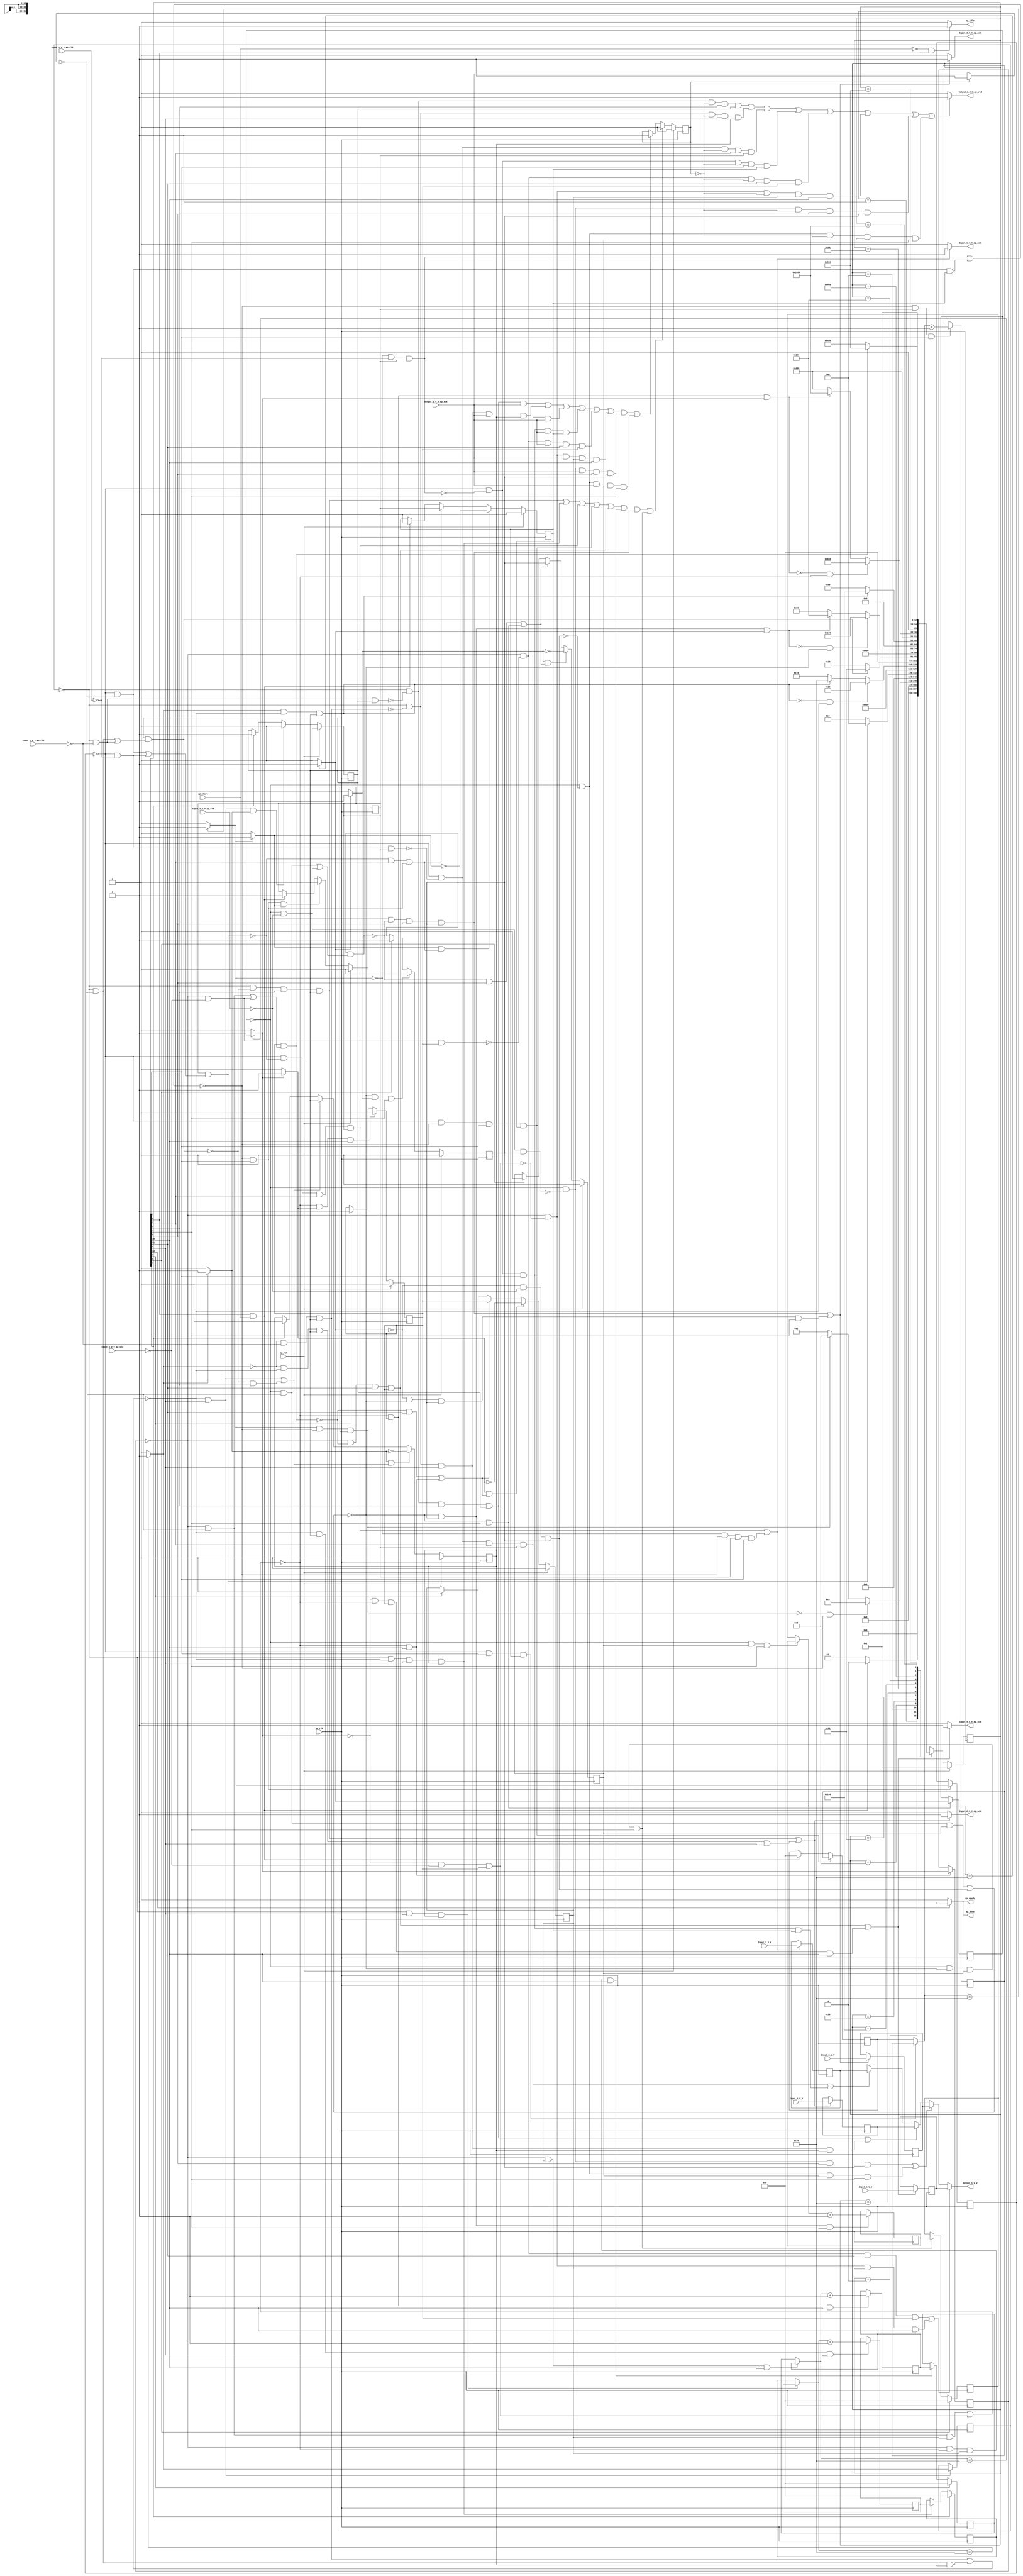
// ==============================================================
// RTL generated by Vivado(TM) HLS - High-Level Synthesis from C, C++ and SystemC
// Version: 2018.2
// Copyright (C) 1986-2018 Xilinx, Inc. All Rights Reserved.
// 
// ===========================================================

`timescale 1 ns / 1 ps 

(* CORE_GENERATION_INFO="data_4_1_2,hls_ip_2018_2,{HLS_INPUT_TYPE=cxx,HLS_INPUT_FLOAT=0,HLS_INPUT_FIXED=1,HLS_INPUT_PART=xczu9eg-ffvb1156-2-i,HLS_INPUT_CLOCK=5.000000,HLS_INPUT_ARCH=others,HLS_SYN_CLOCK=1.104000,HLS_SYN_LAT=520,HLS_SYN_TPT=none,HLS_SYN_MEM=0,HLS_SYN_DSP=0,HLS_SYN_FF=210,HLS_SYN_LUT=448,HLS_VERSION=2018_2}" *)

module data_4_1_2 (
        ap_clk,
        ap_rst,
        ap_start,
        ap_done,
        ap_idle,
        ap_ready,
        Input_1_V_V,
        Input_1_V_V_ap_vld,
        Input_1_V_V_ap_ack,
        Input_2_V_V,
        Input_2_V_V_ap_vld,
        Input_2_V_V_ap_ack,
        Input_3_V_V,
        Input_3_V_V_ap_vld,
        Input_3_V_V_ap_ack,
        Input_4_V_V,
        Input_4_V_V_ap_vld,
        Input_4_V_V_ap_ack,
        Output_1_V_V,
        Output_1_V_V_ap_vld,
        Output_1_V_V_ap_ack
);

parameter    ap_ST_fsm_state1 = 13'd1;
parameter    ap_ST_fsm_pp0_stage0 = 13'd2;
parameter    ap_ST_fsm_pp0_stage1 = 13'd4;
parameter    ap_ST_fsm_state5 = 13'd8;
parameter    ap_ST_fsm_pp1_stage0 = 13'd16;
parameter    ap_ST_fsm_pp1_stage1 = 13'd32;
parameter    ap_ST_fsm_state9 = 13'd64;
parameter    ap_ST_fsm_pp2_stage0 = 13'd128;
parameter    ap_ST_fsm_pp2_stage1 = 13'd256;
parameter    ap_ST_fsm_state13 = 13'd512;
parameter    ap_ST_fsm_pp3_stage0 = 13'd1024;
parameter    ap_ST_fsm_pp3_stage1 = 13'd2048;
parameter    ap_ST_fsm_state17 = 13'd4096;

input   ap_clk;
input   ap_rst;
input   ap_start;
output   ap_done;
output   ap_idle;
output   ap_ready;
input  [31:0] Input_1_V_V;
input   Input_1_V_V_ap_vld;
output   Input_1_V_V_ap_ack;
input  [31:0] Input_2_V_V;
input   Input_2_V_V_ap_vld;
output   Input_2_V_V_ap_ack;
input  [31:0] Input_3_V_V;
input   Input_3_V_V_ap_vld;
output   Input_3_V_V_ap_ack;
input  [31:0] Input_4_V_V;
input   Input_4_V_V_ap_vld;
output   Input_4_V_V_ap_ack;
output  [31:0] Output_1_V_V;
output   Output_1_V_V_ap_vld;
input   Output_1_V_V_ap_ack;

reg ap_done;
reg ap_idle;
reg ap_ready;
reg Input_1_V_V_ap_ack;
reg Input_2_V_V_ap_ack;
reg Input_3_V_V_ap_ack;
reg Input_4_V_V_ap_ack;
reg[31:0] Output_1_V_V;
reg Output_1_V_V_ap_vld;

(* fsm_encoding = "none" *) reg   [12:0] ap_CS_fsm;
wire    ap_CS_fsm_state1;
reg    Input_1_V_V_blk_n;
wire    ap_CS_fsm_pp0_stage0;
reg    ap_enable_reg_pp0_iter0;
wire    ap_block_pp0_stage0;
wire   [0:0] tmp_fu_151_p2;
wire    ap_CS_fsm_pp0_stage1;
wire    ap_block_pp0_stage1;
reg   [0:0] tmp_reg_199;
reg    Input_2_V_V_blk_n;
wire    ap_CS_fsm_pp1_stage0;
reg    ap_enable_reg_pp1_iter0;
wire    ap_block_pp1_stage0;
wire   [0:0] tmp_6_fu_163_p2;
wire    ap_CS_fsm_pp1_stage1;
wire    ap_block_pp1_stage1;
reg   [0:0] tmp_6_reg_208;
reg    Input_3_V_V_blk_n;
wire    ap_CS_fsm_pp2_stage0;
reg    ap_enable_reg_pp2_iter0;
wire    ap_block_pp2_stage0;
wire   [0:0] tmp_s_fu_175_p2;
wire    ap_CS_fsm_pp2_stage1;
wire    ap_block_pp2_stage1;
reg   [0:0] tmp_s_reg_217;
reg    Input_4_V_V_blk_n;
wire    ap_CS_fsm_pp3_stage0;
reg    ap_enable_reg_pp3_iter0;
wire    ap_block_pp3_stage0;
wire   [0:0] tmp_1_fu_187_p2;
wire    ap_CS_fsm_pp3_stage1;
wire    ap_block_pp3_stage1;
reg   [0:0] tmp_1_reg_226;
reg    Output_1_V_V_blk_n;
reg    ap_enable_reg_pp0_iter1;
reg    ap_enable_reg_pp1_iter1;
reg    ap_enable_reg_pp2_iter1;
reg    ap_enable_reg_pp3_iter1;
reg   [6:0] i_reg_87;
reg   [6:0] i1_reg_98;
reg   [6:0] i3_reg_109;
reg   [6:0] i5_reg_120;
reg   [31:0] reg_131;
reg    ap_block_state2_pp0_stage0_iter0;
wire    ap_block_state4_pp0_stage0_iter1;
reg    ap_sig_ioackin_Output_1_V_V_ap_ack;
reg    ap_block_state4_io;
reg    ap_block_pp0_stage0_11001;
reg    ap_block_state3_pp0_stage1_iter0;
reg    ap_block_state3_io;
reg    ap_block_pp0_stage1_11001;
reg   [31:0] reg_136;
reg    ap_block_state6_pp1_stage0_iter0;
wire    ap_block_state8_pp1_stage0_iter1;
reg    ap_block_state8_io;
reg    ap_block_pp1_stage0_11001;
reg    ap_block_state7_pp1_stage1_iter0;
reg    ap_block_state7_io;
reg    ap_block_pp1_stage1_11001;
reg   [31:0] reg_141;
reg    ap_block_state10_pp2_stage0_iter0;
wire    ap_block_state12_pp2_stage0_iter1;
reg    ap_block_state12_io;
reg    ap_block_pp2_stage0_11001;
reg    ap_block_state11_pp2_stage1_iter0;
reg    ap_block_state11_io;
reg    ap_block_pp2_stage1_11001;
reg   [31:0] reg_146;
reg    ap_block_state14_pp3_stage0_iter0;
wire    ap_block_state16_pp3_stage0_iter1;
reg    ap_block_state16_io;
reg    ap_block_pp3_stage0_11001;
reg    ap_block_state15_pp3_stage1_iter0;
reg    ap_block_state15_io;
reg    ap_block_pp3_stage1_11001;
wire   [6:0] i_1_fu_157_p2;
reg   [6:0] i_1_reg_203;
wire   [6:0] i_2_fu_169_p2;
reg   [6:0] i_2_reg_212;
wire   [6:0] i_3_fu_181_p2;
reg   [6:0] i_3_reg_221;
wire   [6:0] i_4_fu_193_p2;
reg   [6:0] i_4_reg_230;
reg    ap_block_pp0_stage0_subdone;
reg    ap_condition_pp0_exit_iter0_state2;
reg    ap_block_pp0_stage1_subdone;
wire    ap_CS_fsm_state5;
reg    ap_block_pp1_stage0_subdone;
reg    ap_condition_pp1_exit_iter0_state6;
reg    ap_block_pp1_stage1_subdone;
wire    ap_CS_fsm_state9;
reg    ap_block_pp2_stage0_subdone;
reg    ap_condition_pp2_exit_iter0_state10;
reg    ap_block_pp2_stage1_subdone;
wire    ap_CS_fsm_state13;
reg    ap_block_pp3_stage0_subdone;
reg    ap_condition_pp3_exit_iter0_state14;
reg    ap_block_pp3_stage1_subdone;
reg   [6:0] ap_phi_mux_i_phi_fu_91_p4;
reg   [6:0] ap_phi_mux_i1_phi_fu_102_p4;
reg   [6:0] ap_phi_mux_i3_phi_fu_113_p4;
reg   [6:0] ap_phi_mux_i5_phi_fu_124_p4;
reg    ap_block_pp0_stage1_01001;
reg    ap_block_pp0_stage0_01001;
reg    ap_block_pp1_stage1_01001;
reg    ap_block_pp1_stage0_01001;
reg    ap_block_pp2_stage1_01001;
reg    ap_block_pp2_stage0_01001;
reg    ap_block_pp3_stage1_01001;
reg    ap_block_pp3_stage0_01001;
reg    ap_reg_ioackin_Output_1_V_V_ap_ack;
wire    ap_CS_fsm_state17;
reg   [12:0] ap_NS_fsm;
reg    ap_idle_pp0;
wire    ap_enable_pp0;
reg    ap_idle_pp1;
wire    ap_enable_pp1;
reg    ap_idle_pp2;
wire    ap_enable_pp2;
reg    ap_idle_pp3;
wire    ap_enable_pp3;

// power-on initialization
initial begin
#0 ap_CS_fsm = 13'd1;
#0 ap_enable_reg_pp0_iter0 = 1'b0;
#0 ap_enable_reg_pp1_iter0 = 1'b0;
#0 ap_enable_reg_pp2_iter0 = 1'b0;
#0 ap_enable_reg_pp3_iter0 = 1'b0;
#0 ap_enable_reg_pp0_iter1 = 1'b0;
#0 ap_enable_reg_pp1_iter1 = 1'b0;
#0 ap_enable_reg_pp2_iter1 = 1'b0;
#0 ap_enable_reg_pp3_iter1 = 1'b0;
#0 ap_reg_ioackin_Output_1_V_V_ap_ack = 1'b0;
end

always @ (posedge ap_clk) begin
    if (ap_rst == 1'b1) begin
        ap_CS_fsm <= ap_ST_fsm_state1;
    end else begin
        ap_CS_fsm <= ap_NS_fsm;
    end
end

always @ (posedge ap_clk) begin
    if (ap_rst == 1'b1) begin
        ap_enable_reg_pp0_iter0 <= 1'b0;
    end else begin
        if (((1'b0 == ap_block_pp0_stage0_subdone) & (1'b1 == ap_CS_fsm_pp0_stage0) & (1'b1 == ap_condition_pp0_exit_iter0_state2))) begin
            ap_enable_reg_pp0_iter0 <= 1'b0;
        end else if (((1'b1 == ap_CS_fsm_state1) & (ap_start == 1'b1))) begin
            ap_enable_reg_pp0_iter0 <= 1'b1;
        end
    end
end

always @ (posedge ap_clk) begin
    if (ap_rst == 1'b1) begin
        ap_enable_reg_pp0_iter1 <= 1'b0;
    end else begin
        if (((1'b1 == ap_condition_pp0_exit_iter0_state2) & (((1'b0 == ap_block_pp0_stage1_subdone) & (1'b1 == ap_CS_fsm_pp0_stage1)) | ((1'b0 == ap_block_pp0_stage0_subdone) & (1'b1 == ap_CS_fsm_pp0_stage0))))) begin
            ap_enable_reg_pp0_iter1 <= (1'b1 ^ ap_condition_pp0_exit_iter0_state2);
        end else if ((((1'b0 == ap_block_pp0_stage1_subdone) & (1'b1 == ap_CS_fsm_pp0_stage1)) | ((1'b0 == ap_block_pp0_stage0_subdone) & (1'b1 == ap_CS_fsm_pp0_stage0)))) begin
            ap_enable_reg_pp0_iter1 <= ap_enable_reg_pp0_iter0;
        end else if (((1'b1 == ap_CS_fsm_state1) & (ap_start == 1'b1))) begin
            ap_enable_reg_pp0_iter1 <= 1'b0;
        end
    end
end

always @ (posedge ap_clk) begin
    if (ap_rst == 1'b1) begin
        ap_enable_reg_pp1_iter0 <= 1'b0;
    end else begin
        if (((1'b0 == ap_block_pp1_stage0_subdone) & (1'b1 == ap_CS_fsm_pp1_stage0) & (1'b1 == ap_condition_pp1_exit_iter0_state6))) begin
            ap_enable_reg_pp1_iter0 <= 1'b0;
        end else if ((1'b1 == ap_CS_fsm_state5)) begin
            ap_enable_reg_pp1_iter0 <= 1'b1;
        end
    end
end

always @ (posedge ap_clk) begin
    if (ap_rst == 1'b1) begin
        ap_enable_reg_pp1_iter1 <= 1'b0;
    end else begin
        if (((1'b1 == ap_condition_pp1_exit_iter0_state6) & (((1'b0 == ap_block_pp1_stage0_subdone) & (1'b1 == ap_CS_fsm_pp1_stage0)) | ((1'b0 == ap_block_pp1_stage1_subdone) & (1'b1 == ap_CS_fsm_pp1_stage1))))) begin
            ap_enable_reg_pp1_iter1 <= (1'b1 ^ ap_condition_pp1_exit_iter0_state6);
        end else if ((((1'b0 == ap_block_pp1_stage0_subdone) & (1'b1 == ap_CS_fsm_pp1_stage0)) | ((1'b0 == ap_block_pp1_stage1_subdone) & (1'b1 == ap_CS_fsm_pp1_stage1)))) begin
            ap_enable_reg_pp1_iter1 <= ap_enable_reg_pp1_iter0;
        end else if ((1'b1 == ap_CS_fsm_state5)) begin
            ap_enable_reg_pp1_iter1 <= 1'b0;
        end
    end
end

always @ (posedge ap_clk) begin
    if (ap_rst == 1'b1) begin
        ap_enable_reg_pp2_iter0 <= 1'b0;
    end else begin
        if (((1'b0 == ap_block_pp2_stage0_subdone) & (1'b1 == ap_condition_pp2_exit_iter0_state10) & (1'b1 == ap_CS_fsm_pp2_stage0))) begin
            ap_enable_reg_pp2_iter0 <= 1'b0;
        end else if ((1'b1 == ap_CS_fsm_state9)) begin
            ap_enable_reg_pp2_iter0 <= 1'b1;
        end
    end
end

always @ (posedge ap_clk) begin
    if (ap_rst == 1'b1) begin
        ap_enable_reg_pp2_iter1 <= 1'b0;
    end else begin
        if (((1'b1 == ap_condition_pp2_exit_iter0_state10) & (((1'b0 == ap_block_pp2_stage1_subdone) & (1'b1 == ap_CS_fsm_pp2_stage1)) | ((1'b0 == ap_block_pp2_stage0_subdone) & (1'b1 == ap_CS_fsm_pp2_stage0))))) begin
            ap_enable_reg_pp2_iter1 <= (1'b1 ^ ap_condition_pp2_exit_iter0_state10);
        end else if ((((1'b0 == ap_block_pp2_stage1_subdone) & (1'b1 == ap_CS_fsm_pp2_stage1)) | ((1'b0 == ap_block_pp2_stage0_subdone) & (1'b1 == ap_CS_fsm_pp2_stage0)))) begin
            ap_enable_reg_pp2_iter1 <= ap_enable_reg_pp2_iter0;
        end else if ((1'b1 == ap_CS_fsm_state9)) begin
            ap_enable_reg_pp2_iter1 <= 1'b0;
        end
    end
end

always @ (posedge ap_clk) begin
    if (ap_rst == 1'b1) begin
        ap_enable_reg_pp3_iter0 <= 1'b0;
    end else begin
        if (((1'b0 == ap_block_pp3_stage0_subdone) & (1'b1 == ap_condition_pp3_exit_iter0_state14) & (1'b1 == ap_CS_fsm_pp3_stage0))) begin
            ap_enable_reg_pp3_iter0 <= 1'b0;
        end else if ((1'b1 == ap_CS_fsm_state13)) begin
            ap_enable_reg_pp3_iter0 <= 1'b1;
        end
    end
end

always @ (posedge ap_clk) begin
    if (ap_rst == 1'b1) begin
        ap_enable_reg_pp3_iter1 <= 1'b0;
    end else begin
        if (((1'b1 == ap_condition_pp3_exit_iter0_state14) & (((1'b0 == ap_block_pp3_stage1_subdone) & (1'b1 == ap_CS_fsm_pp3_stage1)) | ((1'b0 == ap_block_pp3_stage0_subdone) & (1'b1 == ap_CS_fsm_pp3_stage0))))) begin
            ap_enable_reg_pp3_iter1 <= (1'b1 ^ ap_condition_pp3_exit_iter0_state14);
        end else if ((((1'b0 == ap_block_pp3_stage1_subdone) & (1'b1 == ap_CS_fsm_pp3_stage1)) | ((1'b0 == ap_block_pp3_stage0_subdone) & (1'b1 == ap_CS_fsm_pp3_stage0)))) begin
            ap_enable_reg_pp3_iter1 <= ap_enable_reg_pp3_iter0;
        end else if ((1'b1 == ap_CS_fsm_state13)) begin
            ap_enable_reg_pp3_iter1 <= 1'b0;
        end
    end
end

always @ (posedge ap_clk) begin
    if (ap_rst == 1'b1) begin
        ap_reg_ioackin_Output_1_V_V_ap_ack <= 1'b0;
    end else begin
        if ((((tmp_6_reg_208 == 1'd0) & (1'b0 == ap_block_pp1_stage1_11001) & (1'b1 == ap_CS_fsm_pp1_stage1) & (ap_enable_reg_pp1_iter0 == 1'b1)) | ((tmp_6_reg_208 == 1'd0) & (1'b0 == ap_block_pp1_stage0_11001) & (1'b1 == ap_CS_fsm_pp1_stage0) & (ap_enable_reg_pp1_iter1 == 1'b1)) | ((tmp_reg_199 == 1'd0) & (1'b0 == ap_block_pp0_stage1_11001) & (1'b1 == ap_CS_fsm_pp0_stage1) & (ap_enable_reg_pp0_iter0 == 1'b1)) | ((tmp_reg_199 == 1'd0) & (1'b0 == ap_block_pp0_stage0_11001) & (1'b1 == ap_CS_fsm_pp0_stage0) & (ap_enable_reg_pp0_iter1 == 1'b1)) | ((tmp_1_reg_226 == 1'd0) & (1'b0 == ap_block_pp3_stage1_11001) & (1'b1 == ap_CS_fsm_pp3_stage1) & (ap_enable_reg_pp3_iter0 == 1'b1)) | ((tmp_1_reg_226 == 1'd0) & (1'b0 == ap_block_pp3_stage0_11001) & (ap_enable_reg_pp3_iter1 == 1'b1) & (1'b1 == ap_CS_fsm_pp3_stage0)) | ((tmp_s_reg_217 == 1'd0) & (1'b0 == ap_block_pp2_stage1_11001) & (1'b1 == ap_CS_fsm_pp2_stage1) & (ap_enable_reg_pp2_iter0 == 1'b1)) | ((tmp_s_reg_217 == 1'd0) & (1'b0 == ap_block_pp2_stage0_11001) & (ap_enable_reg_pp2_iter1 == 1'b1) & (1'b1 == ap_CS_fsm_pp2_stage0)))) begin
            ap_reg_ioackin_Output_1_V_V_ap_ack <= 1'b0;
        end else if ((((tmp_6_reg_208 == 1'd0) & (1'b0 == ap_block_pp1_stage1_01001) & (1'b1 == ap_CS_fsm_pp1_stage1) & (ap_enable_reg_pp1_iter0 == 1'b1) & (1'b1 == Output_1_V_V_ap_ack)) | ((tmp_6_reg_208 == 1'd0) & (1'b0 == ap_block_pp1_stage0_01001) & (1'b1 == ap_CS_fsm_pp1_stage0) & (1'b1 == Output_1_V_V_ap_ack) & (ap_enable_reg_pp1_iter1 == 1'b1)) | ((tmp_reg_199 == 1'd0) & (1'b0 == ap_block_pp0_stage1_01001) & (1'b1 == ap_CS_fsm_pp0_stage1) & (ap_enable_reg_pp0_iter0 == 1'b1) & (1'b1 == Output_1_V_V_ap_ack)) | ((tmp_reg_199 == 1'd0) & (1'b0 == ap_block_pp0_stage0_01001) & (1'b1 == ap_CS_fsm_pp0_stage0) & (1'b1 == Output_1_V_V_ap_ack) & (ap_enable_reg_pp0_iter1 == 1'b1)) | ((tmp_1_reg_226 == 1'd0) & (1'b0 == ap_block_pp3_stage1_01001) & (1'b1 == Output_1_V_V_ap_ack) & (1'b1 == ap_CS_fsm_pp3_stage1) & (ap_enable_reg_pp3_iter0 == 1'b1)) | ((tmp_1_reg_226 == 1'd0) & (1'b0 == ap_block_pp3_stage0_01001) & (1'b1 == Output_1_V_V_ap_ack) & (ap_enable_reg_pp3_iter1 == 1'b1) & (1'b1 == ap_CS_fsm_pp3_stage0)) | ((tmp_s_reg_217 == 1'd0) & (1'b0 == ap_block_pp2_stage1_01001) & (1'b1 == Output_1_V_V_ap_ack) & (1'b1 == ap_CS_fsm_pp2_stage1) & (ap_enable_reg_pp2_iter0 == 1'b1)) | ((tmp_s_reg_217 == 1'd0) & (1'b0 == ap_block_pp2_stage0_01001) & (1'b1 == Output_1_V_V_ap_ack) & (ap_enable_reg_pp2_iter1 == 1'b1) & (1'b1 == ap_CS_fsm_pp2_stage0)))) begin
            ap_reg_ioackin_Output_1_V_V_ap_ack <= 1'b1;
        end
    end
end

always @ (posedge ap_clk) begin
    if ((1'b1 == ap_CS_fsm_state5)) begin
        i1_reg_98 <= 7'd0;
    end else if (((tmp_6_reg_208 == 1'd0) & (1'b0 == ap_block_pp1_stage0_11001) & (1'b1 == ap_CS_fsm_pp1_stage0) & (ap_enable_reg_pp1_iter1 == 1'b1))) begin
        i1_reg_98 <= i_2_reg_212;
    end
end

always @ (posedge ap_clk) begin
    if ((1'b1 == ap_CS_fsm_state9)) begin
        i3_reg_109 <= 7'd0;
    end else if (((tmp_s_reg_217 == 1'd0) & (1'b0 == ap_block_pp2_stage0_11001) & (ap_enable_reg_pp2_iter1 == 1'b1) & (1'b1 == ap_CS_fsm_pp2_stage0))) begin
        i3_reg_109 <= i_3_reg_221;
    end
end

always @ (posedge ap_clk) begin
    if ((1'b1 == ap_CS_fsm_state13)) begin
        i5_reg_120 <= 7'd0;
    end else if (((tmp_1_reg_226 == 1'd0) & (1'b0 == ap_block_pp3_stage0_11001) & (ap_enable_reg_pp3_iter1 == 1'b1) & (1'b1 == ap_CS_fsm_pp3_stage0))) begin
        i5_reg_120 <= i_4_reg_230;
    end
end

always @ (posedge ap_clk) begin
    if (((tmp_reg_199 == 1'd0) & (1'b0 == ap_block_pp0_stage0_11001) & (1'b1 == ap_CS_fsm_pp0_stage0) & (ap_enable_reg_pp0_iter1 == 1'b1))) begin
        i_reg_87 <= i_1_reg_203;
    end else if (((1'b1 == ap_CS_fsm_state1) & (ap_start == 1'b1))) begin
        i_reg_87 <= 7'd0;
    end
end

always @ (posedge ap_clk) begin
    if (((1'b0 == ap_block_pp0_stage0_11001) & (ap_enable_reg_pp0_iter0 == 1'b1) & (1'b1 == ap_CS_fsm_pp0_stage0))) begin
        i_1_reg_203 <= i_1_fu_157_p2;
    end
end

always @ (posedge ap_clk) begin
    if (((1'b0 == ap_block_pp1_stage0_11001) & (ap_enable_reg_pp1_iter0 == 1'b1) & (1'b1 == ap_CS_fsm_pp1_stage0))) begin
        i_2_reg_212 <= i_2_fu_169_p2;
    end
end

always @ (posedge ap_clk) begin
    if (((1'b0 == ap_block_pp2_stage0_11001) & (ap_enable_reg_pp2_iter0 == 1'b1) & (1'b1 == ap_CS_fsm_pp2_stage0))) begin
        i_3_reg_221 <= i_3_fu_181_p2;
    end
end

always @ (posedge ap_clk) begin
    if (((1'b0 == ap_block_pp3_stage0_11001) & (ap_enable_reg_pp3_iter0 == 1'b1) & (1'b1 == ap_CS_fsm_pp3_stage0))) begin
        i_4_reg_230 <= i_4_fu_193_p2;
    end
end

always @ (posedge ap_clk) begin
    if ((((tmp_reg_199 == 1'd0) & (1'b0 == ap_block_pp0_stage1_11001) & (1'b1 == ap_CS_fsm_pp0_stage1) & (ap_enable_reg_pp0_iter0 == 1'b1)) | ((tmp_fu_151_p2 == 1'd0) & (1'b0 == ap_block_pp0_stage0_11001) & (ap_enable_reg_pp0_iter0 == 1'b1) & (1'b1 == ap_CS_fsm_pp0_stage0)))) begin
        reg_131 <= Input_1_V_V;
    end
end

always @ (posedge ap_clk) begin
    if ((((tmp_6_reg_208 == 1'd0) & (1'b0 == ap_block_pp1_stage1_11001) & (1'b1 == ap_CS_fsm_pp1_stage1) & (ap_enable_reg_pp1_iter0 == 1'b1)) | ((tmp_6_fu_163_p2 == 1'd0) & (1'b0 == ap_block_pp1_stage0_11001) & (ap_enable_reg_pp1_iter0 == 1'b1) & (1'b1 == ap_CS_fsm_pp1_stage0)))) begin
        reg_136 <= Input_2_V_V;
    end
end

always @ (posedge ap_clk) begin
    if ((((tmp_s_reg_217 == 1'd0) & (1'b0 == ap_block_pp2_stage1_11001) & (1'b1 == ap_CS_fsm_pp2_stage1) & (ap_enable_reg_pp2_iter0 == 1'b1)) | ((tmp_s_fu_175_p2 == 1'd0) & (1'b0 == ap_block_pp2_stage0_11001) & (ap_enable_reg_pp2_iter0 == 1'b1) & (1'b1 == ap_CS_fsm_pp2_stage0)))) begin
        reg_141 <= Input_3_V_V;
    end
end

always @ (posedge ap_clk) begin
    if ((((tmp_1_reg_226 == 1'd0) & (1'b0 == ap_block_pp3_stage1_11001) & (1'b1 == ap_CS_fsm_pp3_stage1) & (ap_enable_reg_pp3_iter0 == 1'b1)) | ((tmp_1_fu_187_p2 == 1'd0) & (1'b0 == ap_block_pp3_stage0_11001) & (ap_enable_reg_pp3_iter0 == 1'b1) & (1'b1 == ap_CS_fsm_pp3_stage0)))) begin
        reg_146 <= Input_4_V_V;
    end
end

always @ (posedge ap_clk) begin
    if (((1'b0 == ap_block_pp3_stage0_11001) & (1'b1 == ap_CS_fsm_pp3_stage0))) begin
        tmp_1_reg_226 <= tmp_1_fu_187_p2;
    end
end

always @ (posedge ap_clk) begin
    if (((1'b0 == ap_block_pp1_stage0_11001) & (1'b1 == ap_CS_fsm_pp1_stage0))) begin
        tmp_6_reg_208 <= tmp_6_fu_163_p2;
    end
end

always @ (posedge ap_clk) begin
    if (((1'b0 == ap_block_pp0_stage0_11001) & (1'b1 == ap_CS_fsm_pp0_stage0))) begin
        tmp_reg_199 <= tmp_fu_151_p2;
    end
end

always @ (posedge ap_clk) begin
    if (((1'b0 == ap_block_pp2_stage0_11001) & (1'b1 == ap_CS_fsm_pp2_stage0))) begin
        tmp_s_reg_217 <= tmp_s_fu_175_p2;
    end
end

always @ (*) begin
    if ((((tmp_reg_199 == 1'd0) & (1'b0 == ap_block_pp0_stage1_11001) & (1'b1 == ap_CS_fsm_pp0_stage1) & (ap_enable_reg_pp0_iter0 == 1'b1)) | ((tmp_fu_151_p2 == 1'd0) & (1'b0 == ap_block_pp0_stage0_11001) & (ap_enable_reg_pp0_iter0 == 1'b1) & (1'b1 == ap_CS_fsm_pp0_stage0)))) begin
        Input_1_V_V_ap_ack = 1'b1;
    end else begin
        Input_1_V_V_ap_ack = 1'b0;
    end
end

always @ (*) begin
    if ((((1'b0 == ap_block_pp0_stage1) & (tmp_reg_199 == 1'd0) & (1'b1 == ap_CS_fsm_pp0_stage1) & (ap_enable_reg_pp0_iter0 == 1'b1)) | ((tmp_fu_151_p2 == 1'd0) & (1'b0 == ap_block_pp0_stage0) & (ap_enable_reg_pp0_iter0 == 1'b1) & (1'b1 == ap_CS_fsm_pp0_stage0)))) begin
        Input_1_V_V_blk_n = Input_1_V_V_ap_vld;
    end else begin
        Input_1_V_V_blk_n = 1'b1;
    end
end

always @ (*) begin
    if ((((tmp_6_reg_208 == 1'd0) & (1'b0 == ap_block_pp1_stage1_11001) & (1'b1 == ap_CS_fsm_pp1_stage1) & (ap_enable_reg_pp1_iter0 == 1'b1)) | ((tmp_6_fu_163_p2 == 1'd0) & (1'b0 == ap_block_pp1_stage0_11001) & (ap_enable_reg_pp1_iter0 == 1'b1) & (1'b1 == ap_CS_fsm_pp1_stage0)))) begin
        Input_2_V_V_ap_ack = 1'b1;
    end else begin
        Input_2_V_V_ap_ack = 1'b0;
    end
end

always @ (*) begin
    if ((((tmp_6_reg_208 == 1'd0) & (1'b1 == ap_CS_fsm_pp1_stage1) & (ap_enable_reg_pp1_iter0 == 1'b1) & (1'b0 == ap_block_pp1_stage1)) | ((1'b0 == ap_block_pp1_stage0) & (tmp_6_fu_163_p2 == 1'd0) & (ap_enable_reg_pp1_iter0 == 1'b1) & (1'b1 == ap_CS_fsm_pp1_stage0)))) begin
        Input_2_V_V_blk_n = Input_2_V_V_ap_vld;
    end else begin
        Input_2_V_V_blk_n = 1'b1;
    end
end

always @ (*) begin
    if ((((tmp_s_reg_217 == 1'd0) & (1'b0 == ap_block_pp2_stage1_11001) & (1'b1 == ap_CS_fsm_pp2_stage1) & (ap_enable_reg_pp2_iter0 == 1'b1)) | ((tmp_s_fu_175_p2 == 1'd0) & (1'b0 == ap_block_pp2_stage0_11001) & (ap_enable_reg_pp2_iter0 == 1'b1) & (1'b1 == ap_CS_fsm_pp2_stage0)))) begin
        Input_3_V_V_ap_ack = 1'b1;
    end else begin
        Input_3_V_V_ap_ack = 1'b0;
    end
end

always @ (*) begin
    if ((((tmp_s_reg_217 == 1'd0) & (1'b1 == ap_CS_fsm_pp2_stage1) & (ap_enable_reg_pp2_iter0 == 1'b1) & (1'b0 == ap_block_pp2_stage1)) | ((tmp_s_fu_175_p2 == 1'd0) & (ap_enable_reg_pp2_iter0 == 1'b1) & (1'b1 == ap_CS_fsm_pp2_stage0) & (1'b0 == ap_block_pp2_stage0)))) begin
        Input_3_V_V_blk_n = Input_3_V_V_ap_vld;
    end else begin
        Input_3_V_V_blk_n = 1'b1;
    end
end

always @ (*) begin
    if ((((tmp_1_reg_226 == 1'd0) & (1'b0 == ap_block_pp3_stage1_11001) & (1'b1 == ap_CS_fsm_pp3_stage1) & (ap_enable_reg_pp3_iter0 == 1'b1)) | ((tmp_1_fu_187_p2 == 1'd0) & (1'b0 == ap_block_pp3_stage0_11001) & (ap_enable_reg_pp3_iter0 == 1'b1) & (1'b1 == ap_CS_fsm_pp3_stage0)))) begin
        Input_4_V_V_ap_ack = 1'b1;
    end else begin
        Input_4_V_V_ap_ack = 1'b0;
    end
end

always @ (*) begin
    if ((((tmp_1_reg_226 == 1'd0) & (1'b1 == ap_CS_fsm_pp3_stage1) & (ap_enable_reg_pp3_iter0 == 1'b1) & (1'b0 == ap_block_pp3_stage1)) | ((tmp_1_fu_187_p2 == 1'd0) & (ap_enable_reg_pp3_iter0 == 1'b1) & (1'b1 == ap_CS_fsm_pp3_stage0) & (1'b0 == ap_block_pp3_stage0)))) begin
        Input_4_V_V_blk_n = Input_4_V_V_ap_vld;
    end else begin
        Input_4_V_V_blk_n = 1'b1;
    end
end

always @ (*) begin
    if ((((tmp_1_reg_226 == 1'd0) & (1'b0 == ap_block_pp3_stage1_01001) & (1'b1 == ap_CS_fsm_pp3_stage1) & (ap_enable_reg_pp3_iter0 == 1'b1)) | ((tmp_1_reg_226 == 1'd0) & (1'b0 == ap_block_pp3_stage0_01001) & (ap_enable_reg_pp3_iter1 == 1'b1) & (1'b1 == ap_CS_fsm_pp3_stage0)))) begin
        Output_1_V_V = reg_146;
    end else if ((((tmp_s_reg_217 == 1'd0) & (1'b0 == ap_block_pp2_stage1_01001) & (1'b1 == ap_CS_fsm_pp2_stage1) & (ap_enable_reg_pp2_iter0 == 1'b1)) | ((tmp_s_reg_217 == 1'd0) & (1'b0 == ap_block_pp2_stage0_01001) & (ap_enable_reg_pp2_iter1 == 1'b1) & (1'b1 == ap_CS_fsm_pp2_stage0)))) begin
        Output_1_V_V = reg_141;
    end else if ((((tmp_6_reg_208 == 1'd0) & (1'b0 == ap_block_pp1_stage1_01001) & (1'b1 == ap_CS_fsm_pp1_stage1) & (ap_enable_reg_pp1_iter0 == 1'b1)) | ((tmp_6_reg_208 == 1'd0) & (1'b0 == ap_block_pp1_stage0_01001) & (1'b1 == ap_CS_fsm_pp1_stage0) & (ap_enable_reg_pp1_iter1 == 1'b1)))) begin
        Output_1_V_V = reg_136;
    end else if ((((tmp_reg_199 == 1'd0) & (1'b0 == ap_block_pp0_stage1_01001) & (1'b1 == ap_CS_fsm_pp0_stage1) & (ap_enable_reg_pp0_iter0 == 1'b1)) | ((tmp_reg_199 == 1'd0) & (1'b0 == ap_block_pp0_stage0_01001) & (1'b1 == ap_CS_fsm_pp0_stage0) & (ap_enable_reg_pp0_iter1 == 1'b1)))) begin
        Output_1_V_V = reg_131;
    end else begin
        Output_1_V_V = 'bx;
    end
end

always @ (*) begin
    if ((((tmp_6_reg_208 == 1'd0) & (1'b0 == ap_block_pp1_stage1_01001) & (ap_reg_ioackin_Output_1_V_V_ap_ack == 1'b0) & (1'b1 == ap_CS_fsm_pp1_stage1) & (ap_enable_reg_pp1_iter0 == 1'b1)) | ((tmp_6_reg_208 == 1'd0) & (1'b0 == ap_block_pp1_stage0_01001) & (ap_reg_ioackin_Output_1_V_V_ap_ack == 1'b0) & (1'b1 == ap_CS_fsm_pp1_stage0) & (ap_enable_reg_pp1_iter1 == 1'b1)) | ((tmp_reg_199 == 1'd0) & (1'b0 == ap_block_pp0_stage1_01001) & (ap_reg_ioackin_Output_1_V_V_ap_ack == 1'b0) & (1'b1 == ap_CS_fsm_pp0_stage1) & (ap_enable_reg_pp0_iter0 == 1'b1)) | ((tmp_reg_199 == 1'd0) & (1'b0 == ap_block_pp0_stage0_01001) & (ap_reg_ioackin_Output_1_V_V_ap_ack == 1'b0) & (1'b1 == ap_CS_fsm_pp0_stage0) & (ap_enable_reg_pp0_iter1 == 1'b1)) | ((tmp_1_reg_226 == 1'd0) & (1'b0 == ap_block_pp3_stage1_01001) & (ap_reg_ioackin_Output_1_V_V_ap_ack == 1'b0) & (1'b1 == ap_CS_fsm_pp3_stage1) & (ap_enable_reg_pp3_iter0 == 1'b1)) | ((tmp_1_reg_226 == 1'd0) & (1'b0 == ap_block_pp3_stage0_01001) & (ap_reg_ioackin_Output_1_V_V_ap_ack == 1'b0) & (ap_enable_reg_pp3_iter1 == 1'b1) & (1'b1 == ap_CS_fsm_pp3_stage0)) | ((tmp_s_reg_217 == 1'd0) & (1'b0 == ap_block_pp2_stage1_01001) & (ap_reg_ioackin_Output_1_V_V_ap_ack == 1'b0) & (1'b1 == ap_CS_fsm_pp2_stage1) & (ap_enable_reg_pp2_iter0 == 1'b1)) | ((tmp_s_reg_217 == 1'd0) & (1'b0 == ap_block_pp2_stage0_01001) & (ap_reg_ioackin_Output_1_V_V_ap_ack == 1'b0) & (ap_enable_reg_pp2_iter1 == 1'b1) & (1'b1 == ap_CS_fsm_pp2_stage0)))) begin
        Output_1_V_V_ap_vld = 1'b1;
    end else begin
        Output_1_V_V_ap_vld = 1'b0;
    end
end

always @ (*) begin
    if ((((tmp_6_reg_208 == 1'd0) & (1'b1 == ap_CS_fsm_pp1_stage1) & (ap_enable_reg_pp1_iter0 == 1'b1) & (1'b0 == ap_block_pp1_stage1)) | ((1'b0 == ap_block_pp1_stage0) & (tmp_6_reg_208 == 1'd0) & (1'b1 == ap_CS_fsm_pp1_stage0) & (ap_enable_reg_pp1_iter1 == 1'b1)) | ((1'b0 == ap_block_pp0_stage1) & (tmp_reg_199 == 1'd0) & (1'b1 == ap_CS_fsm_pp0_stage1) & (ap_enable_reg_pp0_iter0 == 1'b1)) | ((tmp_reg_199 == 1'd0) & (1'b0 == ap_block_pp0_stage0) & (1'b1 == ap_CS_fsm_pp0_stage0) & (ap_enable_reg_pp0_iter1 == 1'b1)) | ((tmp_1_reg_226 == 1'd0) & (1'b1 == ap_CS_fsm_pp3_stage1) & (ap_enable_reg_pp3_iter0 == 1'b1) & (1'b0 == ap_block_pp3_stage1)) | ((tmp_1_reg_226 == 1'd0) & (ap_enable_reg_pp3_iter1 == 1'b1) & (1'b1 == ap_CS_fsm_pp3_stage0) & (1'b0 == ap_block_pp3_stage0)) | ((tmp_s_reg_217 == 1'd0) & (1'b1 == ap_CS_fsm_pp2_stage1) & (ap_enable_reg_pp2_iter0 == 1'b1) & (1'b0 == ap_block_pp2_stage1)) | ((tmp_s_reg_217 == 1'd0) & (ap_enable_reg_pp2_iter1 == 1'b1) & (1'b1 == ap_CS_fsm_pp2_stage0) & (1'b0 == ap_block_pp2_stage0)))) begin
        Output_1_V_V_blk_n = Output_1_V_V_ap_ack;
    end else begin
        Output_1_V_V_blk_n = 1'b1;
    end
end

always @ (*) begin
    if ((tmp_fu_151_p2 == 1'd1)) begin
        ap_condition_pp0_exit_iter0_state2 = 1'b1;
    end else begin
        ap_condition_pp0_exit_iter0_state2 = 1'b0;
    end
end

always @ (*) begin
    if ((tmp_6_fu_163_p2 == 1'd1)) begin
        ap_condition_pp1_exit_iter0_state6 = 1'b1;
    end else begin
        ap_condition_pp1_exit_iter0_state6 = 1'b0;
    end
end

always @ (*) begin
    if ((tmp_s_fu_175_p2 == 1'd1)) begin
        ap_condition_pp2_exit_iter0_state10 = 1'b1;
    end else begin
        ap_condition_pp2_exit_iter0_state10 = 1'b0;
    end
end

always @ (*) begin
    if ((tmp_1_fu_187_p2 == 1'd1)) begin
        ap_condition_pp3_exit_iter0_state14 = 1'b1;
    end else begin
        ap_condition_pp3_exit_iter0_state14 = 1'b0;
    end
end

always @ (*) begin
    if ((1'b1 == ap_CS_fsm_state17)) begin
        ap_done = 1'b1;
    end else begin
        ap_done = 1'b0;
    end
end

always @ (*) begin
    if (((ap_start == 1'b0) & (1'b1 == ap_CS_fsm_state1))) begin
        ap_idle = 1'b1;
    end else begin
        ap_idle = 1'b0;
    end
end

always @ (*) begin
    if (((ap_enable_reg_pp0_iter0 == 1'b0) & (ap_enable_reg_pp0_iter1 == 1'b0))) begin
        ap_idle_pp0 = 1'b1;
    end else begin
        ap_idle_pp0 = 1'b0;
    end
end

always @ (*) begin
    if (((ap_enable_reg_pp1_iter0 == 1'b0) & (ap_enable_reg_pp1_iter1 == 1'b0))) begin
        ap_idle_pp1 = 1'b1;
    end else begin
        ap_idle_pp1 = 1'b0;
    end
end

always @ (*) begin
    if (((ap_enable_reg_pp2_iter1 == 1'b0) & (ap_enable_reg_pp2_iter0 == 1'b0))) begin
        ap_idle_pp2 = 1'b1;
    end else begin
        ap_idle_pp2 = 1'b0;
    end
end

always @ (*) begin
    if (((ap_enable_reg_pp3_iter1 == 1'b0) & (ap_enable_reg_pp3_iter0 == 1'b0))) begin
        ap_idle_pp3 = 1'b1;
    end else begin
        ap_idle_pp3 = 1'b0;
    end
end

always @ (*) begin
    if (((1'b0 == ap_block_pp1_stage0) & (tmp_6_reg_208 == 1'd0) & (1'b1 == ap_CS_fsm_pp1_stage0) & (ap_enable_reg_pp1_iter1 == 1'b1))) begin
        ap_phi_mux_i1_phi_fu_102_p4 = i_2_reg_212;
    end else begin
        ap_phi_mux_i1_phi_fu_102_p4 = i1_reg_98;
    end
end

always @ (*) begin
    if (((tmp_s_reg_217 == 1'd0) & (ap_enable_reg_pp2_iter1 == 1'b1) & (1'b1 == ap_CS_fsm_pp2_stage0) & (1'b0 == ap_block_pp2_stage0))) begin
        ap_phi_mux_i3_phi_fu_113_p4 = i_3_reg_221;
    end else begin
        ap_phi_mux_i3_phi_fu_113_p4 = i3_reg_109;
    end
end

always @ (*) begin
    if (((tmp_1_reg_226 == 1'd0) & (ap_enable_reg_pp3_iter1 == 1'b1) & (1'b1 == ap_CS_fsm_pp3_stage0) & (1'b0 == ap_block_pp3_stage0))) begin
        ap_phi_mux_i5_phi_fu_124_p4 = i_4_reg_230;
    end else begin
        ap_phi_mux_i5_phi_fu_124_p4 = i5_reg_120;
    end
end

always @ (*) begin
    if (((tmp_reg_199 == 1'd0) & (1'b0 == ap_block_pp0_stage0) & (1'b1 == ap_CS_fsm_pp0_stage0) & (ap_enable_reg_pp0_iter1 == 1'b1))) begin
        ap_phi_mux_i_phi_fu_91_p4 = i_1_reg_203;
    end else begin
        ap_phi_mux_i_phi_fu_91_p4 = i_reg_87;
    end
end

always @ (*) begin
    if ((1'b1 == ap_CS_fsm_state17)) begin
        ap_ready = 1'b1;
    end else begin
        ap_ready = 1'b0;
    end
end

always @ (*) begin
    if ((ap_reg_ioackin_Output_1_V_V_ap_ack == 1'b0)) begin
        ap_sig_ioackin_Output_1_V_V_ap_ack = Output_1_V_V_ap_ack;
    end else begin
        ap_sig_ioackin_Output_1_V_V_ap_ack = 1'b1;
    end
end

always @ (*) begin
    case (ap_CS_fsm)
        ap_ST_fsm_state1 : begin
            if (((1'b1 == ap_CS_fsm_state1) & (ap_start == 1'b1))) begin
                ap_NS_fsm = ap_ST_fsm_pp0_stage0;
            end else begin
                ap_NS_fsm = ap_ST_fsm_state1;
            end
        end
        ap_ST_fsm_pp0_stage0 : begin
            if ((~((tmp_fu_151_p2 == 1'd1) & (1'b0 == ap_block_pp0_stage0_subdone) & (ap_enable_reg_pp0_iter0 == 1'b1)) & (1'b0 == ap_block_pp0_stage0_subdone))) begin
                ap_NS_fsm = ap_ST_fsm_pp0_stage1;
            end else if (((tmp_fu_151_p2 == 1'd1) & (1'b0 == ap_block_pp0_stage0_subdone) & (ap_enable_reg_pp0_iter0 == 1'b1))) begin
                ap_NS_fsm = ap_ST_fsm_state5;
            end else begin
                ap_NS_fsm = ap_ST_fsm_pp0_stage0;
            end
        end
        ap_ST_fsm_pp0_stage1 : begin
            if ((1'b0 == ap_block_pp0_stage1_subdone)) begin
                ap_NS_fsm = ap_ST_fsm_pp0_stage0;
            end else begin
                ap_NS_fsm = ap_ST_fsm_pp0_stage1;
            end
        end
        ap_ST_fsm_state5 : begin
            ap_NS_fsm = ap_ST_fsm_pp1_stage0;
        end
        ap_ST_fsm_pp1_stage0 : begin
            if ((~((tmp_6_fu_163_p2 == 1'd1) & (1'b0 == ap_block_pp1_stage0_subdone) & (ap_enable_reg_pp1_iter0 == 1'b1)) & (1'b0 == ap_block_pp1_stage0_subdone))) begin
                ap_NS_fsm = ap_ST_fsm_pp1_stage1;
            end else if (((tmp_6_fu_163_p2 == 1'd1) & (1'b0 == ap_block_pp1_stage0_subdone) & (ap_enable_reg_pp1_iter0 == 1'b1))) begin
                ap_NS_fsm = ap_ST_fsm_state9;
            end else begin
                ap_NS_fsm = ap_ST_fsm_pp1_stage0;
            end
        end
        ap_ST_fsm_pp1_stage1 : begin
            if ((1'b0 == ap_block_pp1_stage1_subdone)) begin
                ap_NS_fsm = ap_ST_fsm_pp1_stage0;
            end else begin
                ap_NS_fsm = ap_ST_fsm_pp1_stage1;
            end
        end
        ap_ST_fsm_state9 : begin
            ap_NS_fsm = ap_ST_fsm_pp2_stage0;
        end
        ap_ST_fsm_pp2_stage0 : begin
            if ((~((1'b0 == ap_block_pp2_stage0_subdone) & (ap_enable_reg_pp2_iter0 == 1'b1) & (tmp_s_fu_175_p2 == 1'd1)) & (1'b0 == ap_block_pp2_stage0_subdone))) begin
                ap_NS_fsm = ap_ST_fsm_pp2_stage1;
            end else if (((1'b0 == ap_block_pp2_stage0_subdone) & (ap_enable_reg_pp2_iter0 == 1'b1) & (tmp_s_fu_175_p2 == 1'd1))) begin
                ap_NS_fsm = ap_ST_fsm_state13;
            end else begin
                ap_NS_fsm = ap_ST_fsm_pp2_stage0;
            end
        end
        ap_ST_fsm_pp2_stage1 : begin
            if ((1'b0 == ap_block_pp2_stage1_subdone)) begin
                ap_NS_fsm = ap_ST_fsm_pp2_stage0;
            end else begin
                ap_NS_fsm = ap_ST_fsm_pp2_stage1;
            end
        end
        ap_ST_fsm_state13 : begin
            ap_NS_fsm = ap_ST_fsm_pp3_stage0;
        end
        ap_ST_fsm_pp3_stage0 : begin
            if ((~((1'b0 == ap_block_pp3_stage0_subdone) & (ap_enable_reg_pp3_iter0 == 1'b1) & (tmp_1_fu_187_p2 == 1'd1)) & (1'b0 == ap_block_pp3_stage0_subdone))) begin
                ap_NS_fsm = ap_ST_fsm_pp3_stage1;
            end else if (((1'b0 == ap_block_pp3_stage0_subdone) & (ap_enable_reg_pp3_iter0 == 1'b1) & (tmp_1_fu_187_p2 == 1'd1))) begin
                ap_NS_fsm = ap_ST_fsm_state17;
            end else begin
                ap_NS_fsm = ap_ST_fsm_pp3_stage0;
            end
        end
        ap_ST_fsm_pp3_stage1 : begin
            if ((1'b0 == ap_block_pp3_stage1_subdone)) begin
                ap_NS_fsm = ap_ST_fsm_pp3_stage0;
            end else begin
                ap_NS_fsm = ap_ST_fsm_pp3_stage1;
            end
        end
        ap_ST_fsm_state17 : begin
            ap_NS_fsm = ap_ST_fsm_state1;
        end
        default : begin
            ap_NS_fsm = 'bx;
        end
    endcase
end

assign ap_CS_fsm_pp0_stage0 = ap_CS_fsm[32'd1];

assign ap_CS_fsm_pp0_stage1 = ap_CS_fsm[32'd2];

assign ap_CS_fsm_pp1_stage0 = ap_CS_fsm[32'd4];

assign ap_CS_fsm_pp1_stage1 = ap_CS_fsm[32'd5];

assign ap_CS_fsm_pp2_stage0 = ap_CS_fsm[32'd7];

assign ap_CS_fsm_pp2_stage1 = ap_CS_fsm[32'd8];

assign ap_CS_fsm_pp3_stage0 = ap_CS_fsm[32'd10];

assign ap_CS_fsm_pp3_stage1 = ap_CS_fsm[32'd11];

assign ap_CS_fsm_state1 = ap_CS_fsm[32'd0];

assign ap_CS_fsm_state13 = ap_CS_fsm[32'd9];

assign ap_CS_fsm_state17 = ap_CS_fsm[32'd12];

assign ap_CS_fsm_state5 = ap_CS_fsm[32'd3];

assign ap_CS_fsm_state9 = ap_CS_fsm[32'd6];

assign ap_block_pp0_stage0 = ~(1'b1 == 1'b1);

always @ (*) begin
    ap_block_pp0_stage0_01001 = ((tmp_fu_151_p2 == 1'd0) & (1'b0 == Input_1_V_V_ap_vld) & (ap_enable_reg_pp0_iter0 == 1'b1));
end

always @ (*) begin
    ap_block_pp0_stage0_11001 = (((tmp_fu_151_p2 == 1'd0) & (1'b0 == Input_1_V_V_ap_vld) & (ap_enable_reg_pp0_iter0 == 1'b1)) | ((1'b1 == ap_block_state4_io) & (ap_enable_reg_pp0_iter1 == 1'b1)));
end

always @ (*) begin
    ap_block_pp0_stage0_subdone = (((tmp_fu_151_p2 == 1'd0) & (1'b0 == Input_1_V_V_ap_vld) & (ap_enable_reg_pp0_iter0 == 1'b1)) | ((1'b1 == ap_block_state4_io) & (ap_enable_reg_pp0_iter1 == 1'b1)));
end

assign ap_block_pp0_stage1 = ~(1'b1 == 1'b1);

always @ (*) begin
    ap_block_pp0_stage1_01001 = ((tmp_reg_199 == 1'd0) & (1'b0 == Input_1_V_V_ap_vld) & (ap_enable_reg_pp0_iter0 == 1'b1));
end

always @ (*) begin
    ap_block_pp0_stage1_11001 = ((ap_enable_reg_pp0_iter0 == 1'b1) & ((1'b1 == ap_block_state3_io) | ((tmp_reg_199 == 1'd0) & (1'b0 == Input_1_V_V_ap_vld))));
end

always @ (*) begin
    ap_block_pp0_stage1_subdone = ((ap_enable_reg_pp0_iter0 == 1'b1) & ((1'b1 == ap_block_state3_io) | ((tmp_reg_199 == 1'd0) & (1'b0 == Input_1_V_V_ap_vld))));
end

assign ap_block_pp1_stage0 = ~(1'b1 == 1'b1);

always @ (*) begin
    ap_block_pp1_stage0_01001 = ((tmp_6_fu_163_p2 == 1'd0) & (1'b0 == Input_2_V_V_ap_vld) & (ap_enable_reg_pp1_iter0 == 1'b1));
end

always @ (*) begin
    ap_block_pp1_stage0_11001 = (((tmp_6_fu_163_p2 == 1'd0) & (1'b0 == Input_2_V_V_ap_vld) & (ap_enable_reg_pp1_iter0 == 1'b1)) | ((1'b1 == ap_block_state8_io) & (ap_enable_reg_pp1_iter1 == 1'b1)));
end

always @ (*) begin
    ap_block_pp1_stage0_subdone = (((tmp_6_fu_163_p2 == 1'd0) & (1'b0 == Input_2_V_V_ap_vld) & (ap_enable_reg_pp1_iter0 == 1'b1)) | ((1'b1 == ap_block_state8_io) & (ap_enable_reg_pp1_iter1 == 1'b1)));
end

assign ap_block_pp1_stage1 = ~(1'b1 == 1'b1);

always @ (*) begin
    ap_block_pp1_stage1_01001 = ((tmp_6_reg_208 == 1'd0) & (1'b0 == Input_2_V_V_ap_vld) & (ap_enable_reg_pp1_iter0 == 1'b1));
end

always @ (*) begin
    ap_block_pp1_stage1_11001 = ((ap_enable_reg_pp1_iter0 == 1'b1) & ((1'b1 == ap_block_state7_io) | ((tmp_6_reg_208 == 1'd0) & (1'b0 == Input_2_V_V_ap_vld))));
end

always @ (*) begin
    ap_block_pp1_stage1_subdone = ((ap_enable_reg_pp1_iter0 == 1'b1) & ((1'b1 == ap_block_state7_io) | ((tmp_6_reg_208 == 1'd0) & (1'b0 == Input_2_V_V_ap_vld))));
end

assign ap_block_pp2_stage0 = ~(1'b1 == 1'b1);

always @ (*) begin
    ap_block_pp2_stage0_01001 = ((tmp_s_fu_175_p2 == 1'd0) & (1'b0 == Input_3_V_V_ap_vld) & (ap_enable_reg_pp2_iter0 == 1'b1));
end

always @ (*) begin
    ap_block_pp2_stage0_11001 = (((1'b1 == ap_block_state12_io) & (ap_enable_reg_pp2_iter1 == 1'b1)) | ((tmp_s_fu_175_p2 == 1'd0) & (1'b0 == Input_3_V_V_ap_vld) & (ap_enable_reg_pp2_iter0 == 1'b1)));
end

always @ (*) begin
    ap_block_pp2_stage0_subdone = (((1'b1 == ap_block_state12_io) & (ap_enable_reg_pp2_iter1 == 1'b1)) | ((tmp_s_fu_175_p2 == 1'd0) & (1'b0 == Input_3_V_V_ap_vld) & (ap_enable_reg_pp2_iter0 == 1'b1)));
end

assign ap_block_pp2_stage1 = ~(1'b1 == 1'b1);

always @ (*) begin
    ap_block_pp2_stage1_01001 = ((tmp_s_reg_217 == 1'd0) & (1'b0 == Input_3_V_V_ap_vld) & (ap_enable_reg_pp2_iter0 == 1'b1));
end

always @ (*) begin
    ap_block_pp2_stage1_11001 = ((ap_enable_reg_pp2_iter0 == 1'b1) & ((1'b1 == ap_block_state11_io) | ((tmp_s_reg_217 == 1'd0) & (1'b0 == Input_3_V_V_ap_vld))));
end

always @ (*) begin
    ap_block_pp2_stage1_subdone = ((ap_enable_reg_pp2_iter0 == 1'b1) & ((1'b1 == ap_block_state11_io) | ((tmp_s_reg_217 == 1'd0) & (1'b0 == Input_3_V_V_ap_vld))));
end

assign ap_block_pp3_stage0 = ~(1'b1 == 1'b1);

always @ (*) begin
    ap_block_pp3_stage0_01001 = ((tmp_1_fu_187_p2 == 1'd0) & (1'b0 == Input_4_V_V_ap_vld) & (ap_enable_reg_pp3_iter0 == 1'b1));
end

always @ (*) begin
    ap_block_pp3_stage0_11001 = (((1'b1 == ap_block_state16_io) & (ap_enable_reg_pp3_iter1 == 1'b1)) | ((tmp_1_fu_187_p2 == 1'd0) & (1'b0 == Input_4_V_V_ap_vld) & (ap_enable_reg_pp3_iter0 == 1'b1)));
end

always @ (*) begin
    ap_block_pp3_stage0_subdone = (((1'b1 == ap_block_state16_io) & (ap_enable_reg_pp3_iter1 == 1'b1)) | ((tmp_1_fu_187_p2 == 1'd0) & (1'b0 == Input_4_V_V_ap_vld) & (ap_enable_reg_pp3_iter0 == 1'b1)));
end

assign ap_block_pp3_stage1 = ~(1'b1 == 1'b1);

always @ (*) begin
    ap_block_pp3_stage1_01001 = ((tmp_1_reg_226 == 1'd0) & (1'b0 == Input_4_V_V_ap_vld) & (ap_enable_reg_pp3_iter0 == 1'b1));
end

always @ (*) begin
    ap_block_pp3_stage1_11001 = ((ap_enable_reg_pp3_iter0 == 1'b1) & ((1'b1 == ap_block_state15_io) | ((tmp_1_reg_226 == 1'd0) & (1'b0 == Input_4_V_V_ap_vld))));
end

always @ (*) begin
    ap_block_pp3_stage1_subdone = ((ap_enable_reg_pp3_iter0 == 1'b1) & ((1'b1 == ap_block_state15_io) | ((tmp_1_reg_226 == 1'd0) & (1'b0 == Input_4_V_V_ap_vld))));
end

always @ (*) begin
    ap_block_state10_pp2_stage0_iter0 = ((tmp_s_fu_175_p2 == 1'd0) & (1'b0 == Input_3_V_V_ap_vld));
end

always @ (*) begin
    ap_block_state11_io = ((tmp_s_reg_217 == 1'd0) & (ap_sig_ioackin_Output_1_V_V_ap_ack == 1'b0));
end

always @ (*) begin
    ap_block_state11_pp2_stage1_iter0 = ((tmp_s_reg_217 == 1'd0) & (1'b0 == Input_3_V_V_ap_vld));
end

always @ (*) begin
    ap_block_state12_io = ((tmp_s_reg_217 == 1'd0) & (ap_sig_ioackin_Output_1_V_V_ap_ack == 1'b0));
end

assign ap_block_state12_pp2_stage0_iter1 = ~(1'b1 == 1'b1);

always @ (*) begin
    ap_block_state14_pp3_stage0_iter0 = ((tmp_1_fu_187_p2 == 1'd0) & (1'b0 == Input_4_V_V_ap_vld));
end

always @ (*) begin
    ap_block_state15_io = ((tmp_1_reg_226 == 1'd0) & (ap_sig_ioackin_Output_1_V_V_ap_ack == 1'b0));
end

always @ (*) begin
    ap_block_state15_pp3_stage1_iter0 = ((tmp_1_reg_226 == 1'd0) & (1'b0 == Input_4_V_V_ap_vld));
end

always @ (*) begin
    ap_block_state16_io = ((tmp_1_reg_226 == 1'd0) & (ap_sig_ioackin_Output_1_V_V_ap_ack == 1'b0));
end

assign ap_block_state16_pp3_stage0_iter1 = ~(1'b1 == 1'b1);

always @ (*) begin
    ap_block_state2_pp0_stage0_iter0 = ((tmp_fu_151_p2 == 1'd0) & (1'b0 == Input_1_V_V_ap_vld));
end

always @ (*) begin
    ap_block_state3_io = ((tmp_reg_199 == 1'd0) & (ap_sig_ioackin_Output_1_V_V_ap_ack == 1'b0));
end

always @ (*) begin
    ap_block_state3_pp0_stage1_iter0 = ((tmp_reg_199 == 1'd0) & (1'b0 == Input_1_V_V_ap_vld));
end

always @ (*) begin
    ap_block_state4_io = ((tmp_reg_199 == 1'd0) & (ap_sig_ioackin_Output_1_V_V_ap_ack == 1'b0));
end

assign ap_block_state4_pp0_stage0_iter1 = ~(1'b1 == 1'b1);

always @ (*) begin
    ap_block_state6_pp1_stage0_iter0 = ((tmp_6_fu_163_p2 == 1'd0) & (1'b0 == Input_2_V_V_ap_vld));
end

always @ (*) begin
    ap_block_state7_io = ((tmp_6_reg_208 == 1'd0) & (ap_sig_ioackin_Output_1_V_V_ap_ack == 1'b0));
end

always @ (*) begin
    ap_block_state7_pp1_stage1_iter0 = ((tmp_6_reg_208 == 1'd0) & (1'b0 == Input_2_V_V_ap_vld));
end

always @ (*) begin
    ap_block_state8_io = ((tmp_6_reg_208 == 1'd0) & (ap_sig_ioackin_Output_1_V_V_ap_ack == 1'b0));
end

assign ap_block_state8_pp1_stage0_iter1 = ~(1'b1 == 1'b1);

assign ap_enable_pp0 = (ap_idle_pp0 ^ 1'b1);

assign ap_enable_pp1 = (ap_idle_pp1 ^ 1'b1);

assign ap_enable_pp2 = (ap_idle_pp2 ^ 1'b1);

assign ap_enable_pp3 = (ap_idle_pp3 ^ 1'b1);

assign i_1_fu_157_p2 = (ap_phi_mux_i_phi_fu_91_p4 + 7'd1);

assign i_2_fu_169_p2 = (ap_phi_mux_i1_phi_fu_102_p4 + 7'd1);

assign i_3_fu_181_p2 = (ap_phi_mux_i3_phi_fu_113_p4 + 7'd1);

assign i_4_fu_193_p2 = (ap_phi_mux_i5_phi_fu_124_p4 + 7'd1);

assign tmp_1_fu_187_p2 = ((ap_phi_mux_i5_phi_fu_124_p4 == 7'd64) ? 1'b1 : 1'b0);

assign tmp_6_fu_163_p2 = ((ap_phi_mux_i1_phi_fu_102_p4 == 7'd64) ? 1'b1 : 1'b0);

assign tmp_fu_151_p2 = ((ap_phi_mux_i_phi_fu_91_p4 == 7'd64) ? 1'b1 : 1'b0);

assign tmp_s_fu_175_p2 = ((ap_phi_mux_i3_phi_fu_113_p4 == 7'd64) ? 1'b1 : 1'b0);

endmodule //data_4_1_2